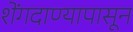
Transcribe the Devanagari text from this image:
शेंगदाण्यापासून